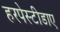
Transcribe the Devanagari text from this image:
हरपेस्टीडाए